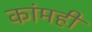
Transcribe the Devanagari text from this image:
कांमही